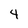
Character: 4